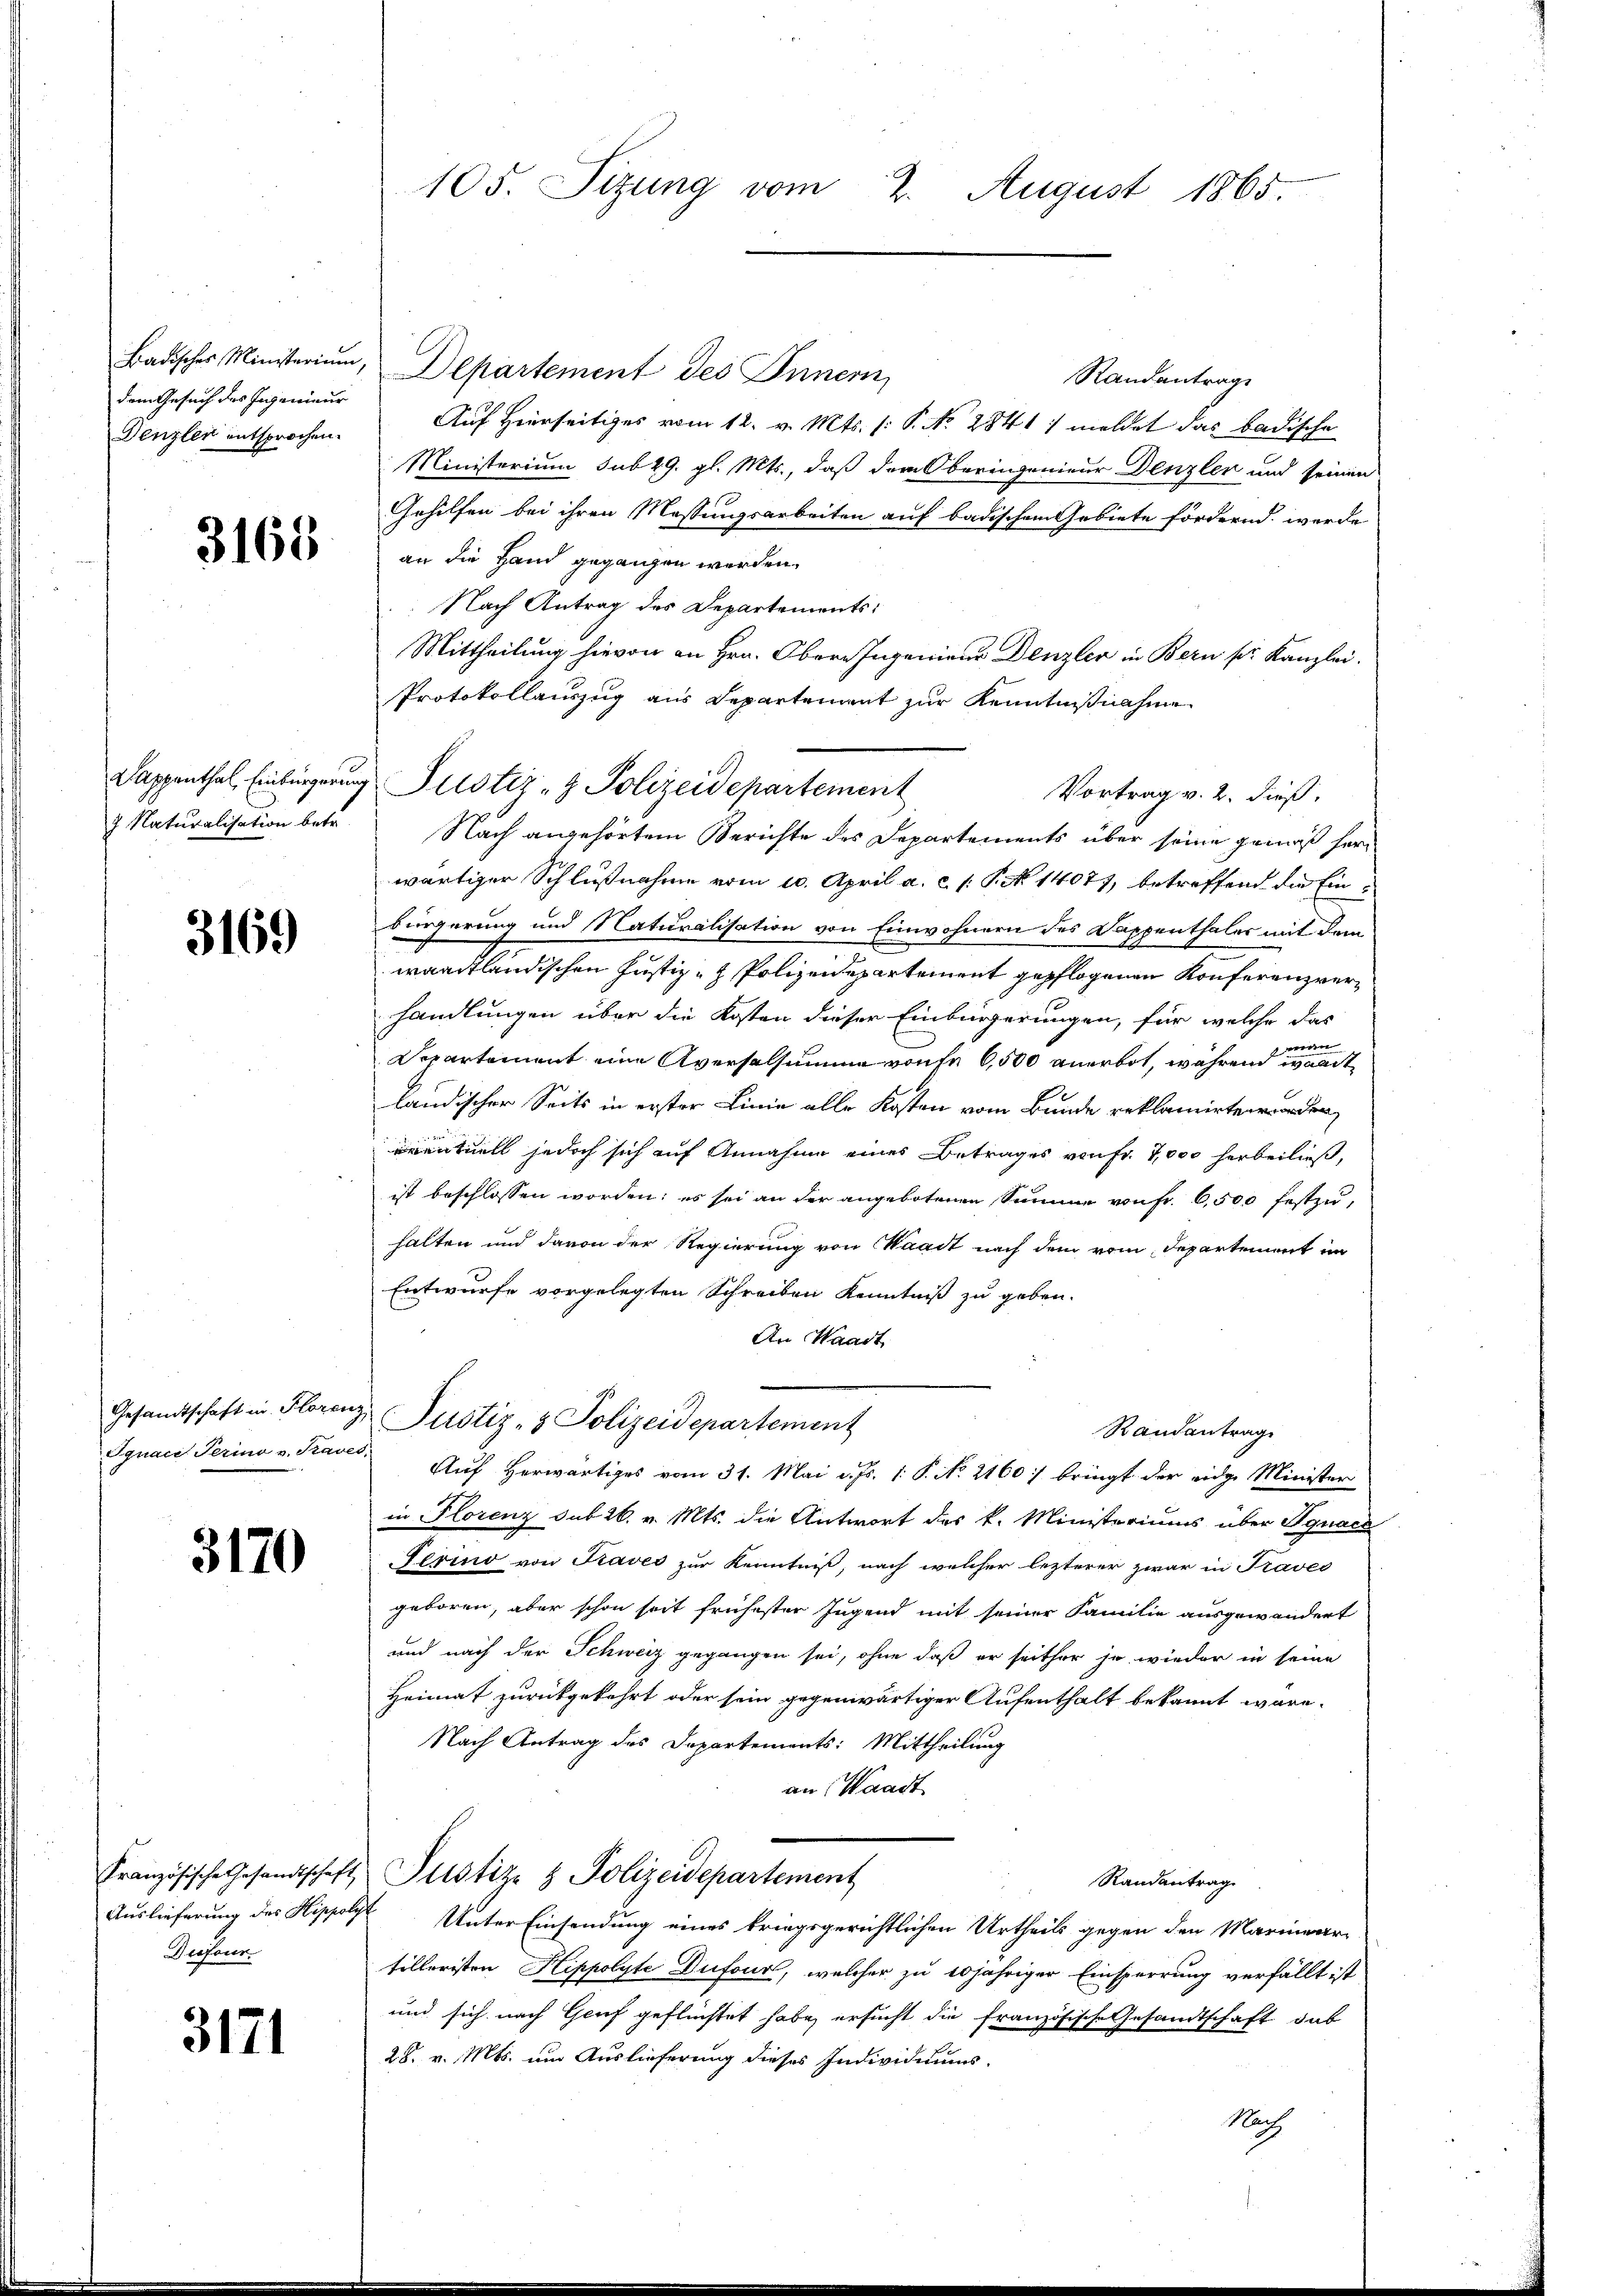
dem Gesuch des Ingenieur

3168

3169

3170

Diefour

3171

Badisches Ministerium, Departement des Innern,
Randantrage
Denzlei entsprochen. Auf Herrseitiges vom 12. v. Mts. (: P. No. 28411 meldet das badische
 Ministerium sub 29. gl. Mts., daß dem Oberingenieur Denzler und seinen
Gehilfen bei ihren Massungsarbeiten auf badischen Gebiete fördernd werde
an die Hand gegangen werden.
Nach Antrag des Departements:
Mittheilung hievon an Hrn. Obern Ingenieur Denzler in Bern pr. Kanzlei.
Protokollauszug aus Departement zur Kenntnißnahme
Vortrag v. 2. dieß.
7 Naturalisation betr. Nach angehörtem Berichte des Departements über seine gemäß herwärtiger Schlußnahme vom 10. April a. c. s. Frk. 14077, betreffend die Einbürgerung und Naturalisation von Einwohnern des Dappenthaler mit dem
waadtländischen Justiz- & Polizeidepartement gepflogenen Konferenzverhandlungen über die Kosten dieser Einbürgerungen, für welche das
weiden
Departement eine Aversalsumme von fr 6,500 anerbot, während wart
ländischer Seits in erster Linie alle Kosten vom Bunde reklamirten oder
ventuell jedoch sich auf Annahme eines Betrages von Fr. 7000 herbeiließ,
ist beschlossen worden; es sei an der angebotenen Summe von Fr. 6,500 festzuhalten und davon der Regierung von Waadt nach dem vom Departement im
Entwurfe vorgelegten Schreiben Kenntniß zu geben.
An Waadt,
Gesandtschaft in Florenz, Justiz- & Polizeidepartement
Randantrag
Sgnaci Perino v. Kanes Aŭf herwärtiges vom 31. Mai d. Js. 1. P. No. 21607 bringt der eidge Minister
in Florenz sub 26. v. Mts. die Antwort des k. Ministeriums über Agnacz
Ferino von Praves zur Kenntniß, nach welcher lezterer zwar in Praves
geboren, aber schon seit frühester Jugend mit seiner Familie ausgewandert
und nach der Schweiz gegangen sei, ohne daß er seither ja wieder in seine
Heimat zurückgekehrt oder sein gegenwärtiger Aufenthalt bekannt wäre.
Nach Antrag des Departements: Mittheilung
an (Waadt
Französische Gesandtschaft, Pustiz & Polizeidepartement
Randantrag
Auslieferung des Hippolyt Unter Einsendung eines kriegsgerichtlichen Urtheils gegen den Marinari
tilleristen Hippolyte Dufour, welcher zu 20jähriger Einsperrung verfällt ist
und sich nach Genf geflüchtet habe, ersucht die französische Gesandtschaft das
28. v. Mts. um Auslieferung dieses Individiums-
Nach

105. Sizung vom 2. August 1865.

Dappenthal, Einbürgerung Justiz- & Polizeidepartement